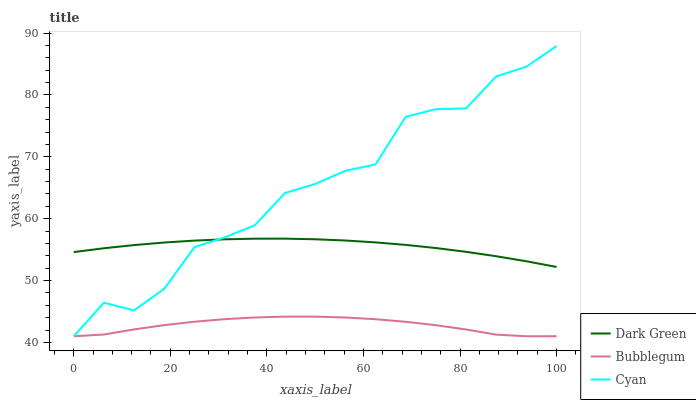
| xaxis_label | Dark Green | Bubblegum | Cyan |
 | --- | --- | --- | --- |
 | 0 | 54.6 | 41 | 41 |
 | 6.25 | 55.2 | 41.3 | 46.4 |
 | 12.5 | 55.7 | 42.1 | 45.2 |
 | 18.8 | 56.1 | 42.8 | 48.7 |
 | 25 | 56.5 | 43.3 | 55.4 |
 | 31.2 | 56.7 | 43.8 | 57 |
 | 37.5 | 56.8 | 44 | 58.9 |
 | 43.8 | 56.8 | 44.2 | 64.2 |
 | 50 | 56.7 | 44.2 | 65.6 |
 | 56.2 | 56.5 | 44 | 67.7 |
 | 62.5 | 56.2 | 43.8 | 68.8 |
 | 68.8 | 55.8 | 43.3 | 76.5 |
 | 75 | 55.3 | 42.8 | 77.7 |
 | 81.2 | 54.6 | 42.1 | 77.8 |
 | 87.5 | 53.9 | 41.3 | 83 |
 | 93.8 | 53.1 | 41 | 84.6 |
 | 100 | 52.2 | 41 | 87.9 |